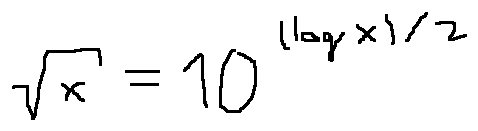
\sqrt { x } = 1 0 ^ { ( \log x ) / 2 }